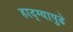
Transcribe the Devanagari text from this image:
हाद्ग्यापुढे